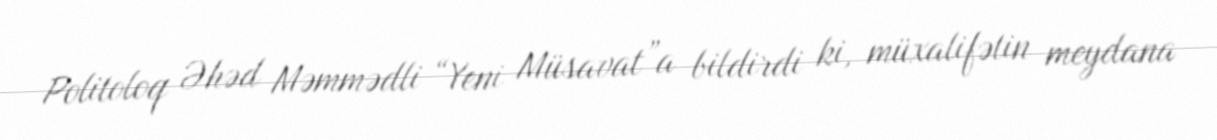
Politoloq Əhəd Məmmədli “Yeni Müsavat”a bildirdi ki, müxalifətin meydana